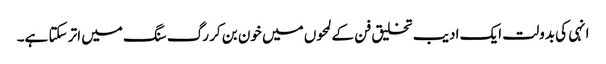
انہی کی بدولت ایک ادیب تخلیق فن کے لمحوں میں خون بن کر رگ سنگ میں اتر سکتا ہے۔